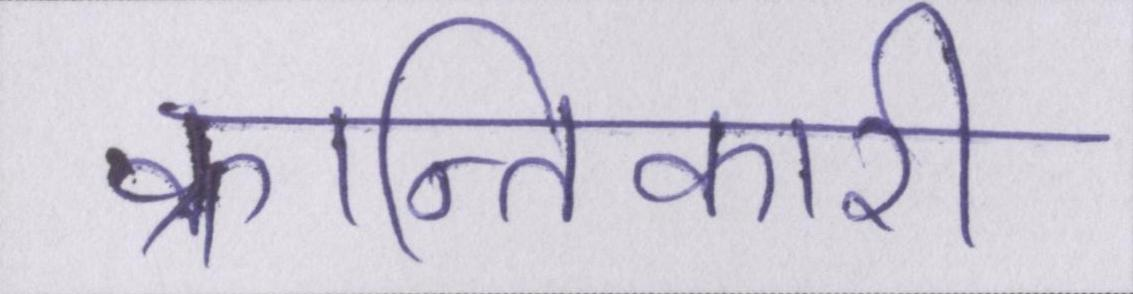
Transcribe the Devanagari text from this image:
क्रान्तिकारी